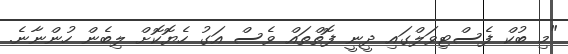
"މި ބުކް ފެސްޓިވަލްގައި ދީނީ ފޮތްތައް ވެސް އަގު ހެޔޮކޮށް ލިބެން ހުންނާނެ.